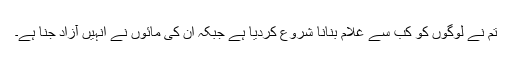
تم نے لوگوں کو کب سے غلام بنانا شروع کردیا ہے جبکہ ان کی مائوں نے انہیں آزاد جنا ہے۔